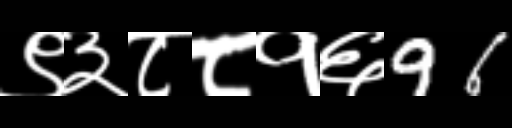
Text: ९३८८१६96